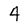
Character: 4